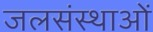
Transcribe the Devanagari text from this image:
जलसंस्थाओं